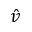
\hat { v }